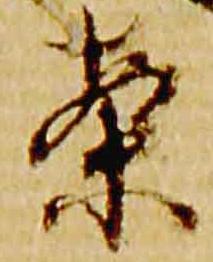
案